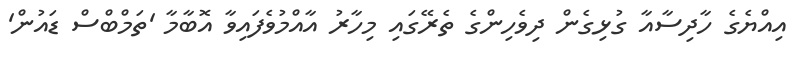
އިއްޔެގެ ހާދިސާއާ ގުޅިގެން ދިވެހިންގެ ތެރޭގައި މިހާރު އާއްމުވެފައިވާ އޮބާމާ 'ތަމްބްސް ޑައުން'